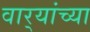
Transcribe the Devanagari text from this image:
वार्‍यांच्या